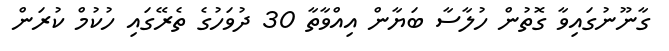
ގާނޫނުގައިވާ ގޮތުން ހުލާސާ ބަޔާން އިއްވާތާ 30 ދުވަހުގެ ތެރޭގައި ހުކުމް ކުރަން